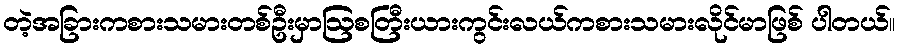
တဲ့အခြားကစားသမားတစ်ဦးမှာဩစတြီးယားကွင်းလယ်ကစားသမားလိုင်မာဖြစ် ပါတယ်။